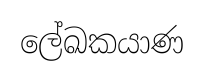
ලේඛකයාණ